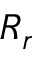
R _ { r }